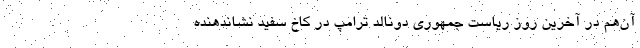
آن‌هم در آخرین روز ریاست جمهوری دونالد ترامپ در کاخ سفید نشاندهنده